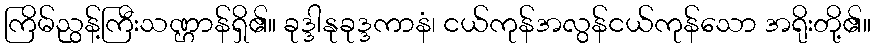
ကြိမ်ညွန့်ကြီးသဏ္ဌာန်ရှိ၏။ ခုဒ္ဒါနုခုဒ္ဒကာနံ၊ ငယ်ကုန်အလွန်ငယ်ကုန်သော အရိုးတို့၏။